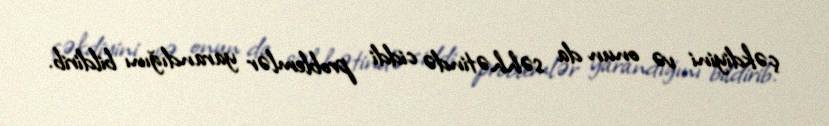
çəkdiyini və onun da səhhətində ciddi problemlər yarandığını bildirib.